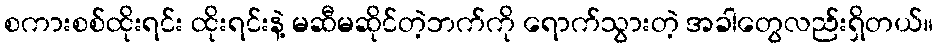
စကားစစ်ထိုးရင်း ထိုးရင်းနဲ့ မဆီမဆိုင်တဲ့ဘက်ကို ရောက်သွားတဲ့ အခါတွေလည်းရှိတယ်။